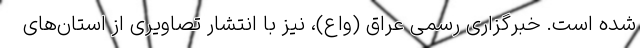
شده است. خبرگزاری رسمی عراق (واع)، نیز با انتشار تصاویری از استان‌های